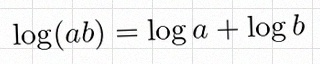
\log(ab)=\log a+\log b